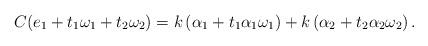
LaTeX: \begin{align*}C(e_1+t_1\omega_1+t_2\omega_2) = k\left(\alpha_1+t_1\alpha_1\omega_1\right) + k\left(\alpha_2+t_2\alpha_2\omega_2\right) .\end{align*}